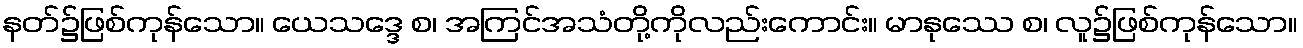
နတ်၌ဖြစ်ကုန်သော။ ယေသဒ္ဒေ စ၊ အကြင်အသံတို့ကိုလည်းကောင်း။ မာနုဿေ စ၊ လူ၌ဖြစ်ကုန်သော။